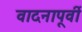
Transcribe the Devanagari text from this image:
वादनापूर्वी